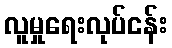
လူမှုရေးလုပ်ငန်း